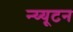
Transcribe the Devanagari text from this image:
न्य्यूटन